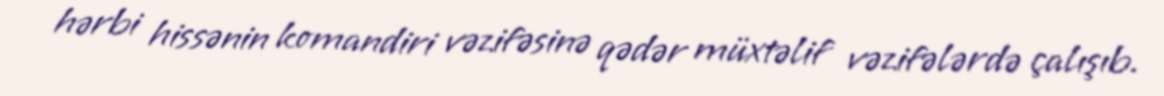
hərbi hissənin komandiri vəzifəsinə qədər müxtəlif vəzifələrdə çalışıb.